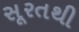
સૂરતથી